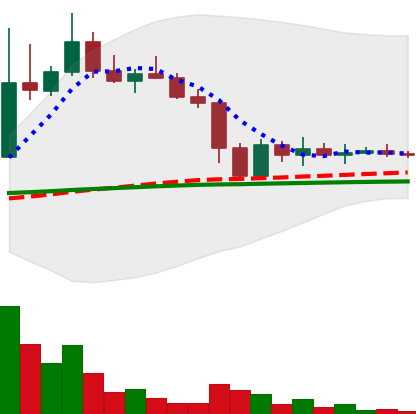
Ticker: DOGE-USD
Chart end date: 2022-11-17
Forward return: -7.405%
Label: down_7plus